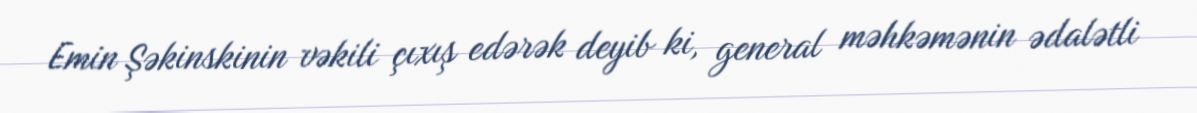
Emin Şəkinskinin vəkili çıxış edərək deyib ki, general məhkəmənin ədalətli